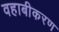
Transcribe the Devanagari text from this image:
वहाबीकरण